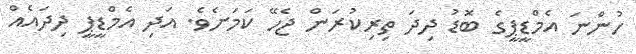
ހުންނަ އެމްޑީޕީގެ ބޮޑު ދިދަ ތިރިކުރަން ޖެހޭ ކަމަށެވެ. އަދި އެމްޑީޕީ ދިދައެއް